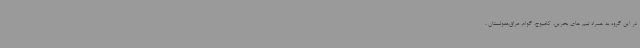
در این گروه به همراه تیم های بحرین، کامبوج، گوام، عراق،مغولستان ،